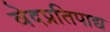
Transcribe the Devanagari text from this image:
वेदप्रतिपाद्य